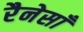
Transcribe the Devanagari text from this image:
रैनेसाँ